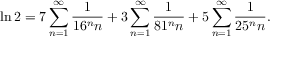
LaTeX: \ln 2 = 7 \sum _ { n = 1 } ^ { \infty } { \frac { 1 } { 1 6 ^ { n } n } } + 3 \sum _ { n = 1 } ^ { \infty } { \frac { 1 } { 8 1 ^ { n } n } } + 5 \sum _ { n = 1 } ^ { \infty } { \frac { 1 } { 2 5 ^ { n } n } } .